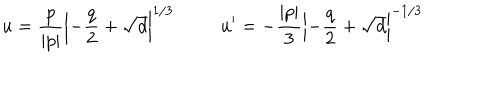
u = \frac { p } { | p | } \left| - \frac { q } { 2 } + \sqrt { d } \right| ^ { 1 / 3 } \ \ u ^ { \prime } = - \frac { | p | } { 3 } \left| - \frac { q } { 2 } + \sqrt { d } \right| ^ { - 1 / 3 }